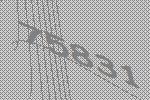
75831